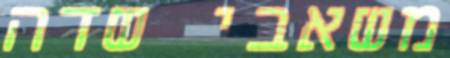
משאבי שדה